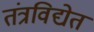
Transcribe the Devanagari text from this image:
तंत्रविद्येत